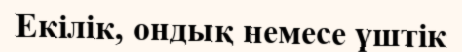
Екілік, ондық немесе үштік